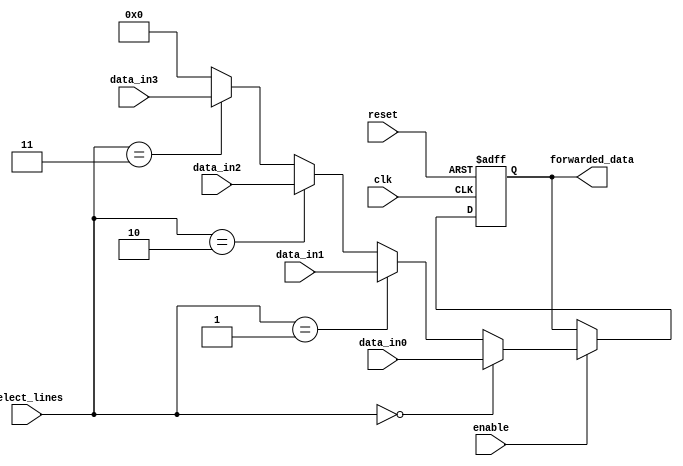
module ForwardingRegister #(
    parameter DATA_WIDTH = 32, // Define data width, can be adjusted as needed
    parameter NUM_INPUTS = 4   // Number of data inputs
)(
    input wire [DATA_WIDTH-1:0] data_in0, // Data input 0
    input wire [DATA_WIDTH-1:0] data_in1, // Data input 1
    input wire [DATA_WIDTH-1:0] data_in2, // Data input 2
    input wire [DATA_WIDTH-1:0] data_in3, // Data input 3
    input wire [1:0] select_lines,        // Control signal for selecting the input
    input wire clk,                        // Clock signal
    input wire enable,                     // Enable signal
    input wire reset,                      // Asynchronous reset signal
    output reg [DATA_WIDTH-1:0] forwarded_data // Forwarded data output
);

    // Internal signal to hold selected input
    wire [DATA_WIDTH-1:0] selected_data;

    // Multiplexer to select the data input based on the select_lines
    assign selected_data = (select_lines == 2'b00) ? data_in0 :
                           (select_lines == 2'b01) ? data_in1 :
                           (select_lines == 2'b10) ? data_in2 :
                           (select_lines == 2'b11) ? data_in3 :
                           {DATA_WIDTH{1'b0}}; // Default case (should not happen)

    // Sequential logic for capturing the data
    always @(posedge clk or posedge reset) begin
        if (reset) begin
            forwarded_data <= {DATA_WIDTH{1'b0}}; // Clear the register on reset
        end else if (enable) begin
            forwarded_data <= selected_data; // Capture the selected data
        end
        // If enable is low, retain the current value of forwarded_data
    end

endmodule